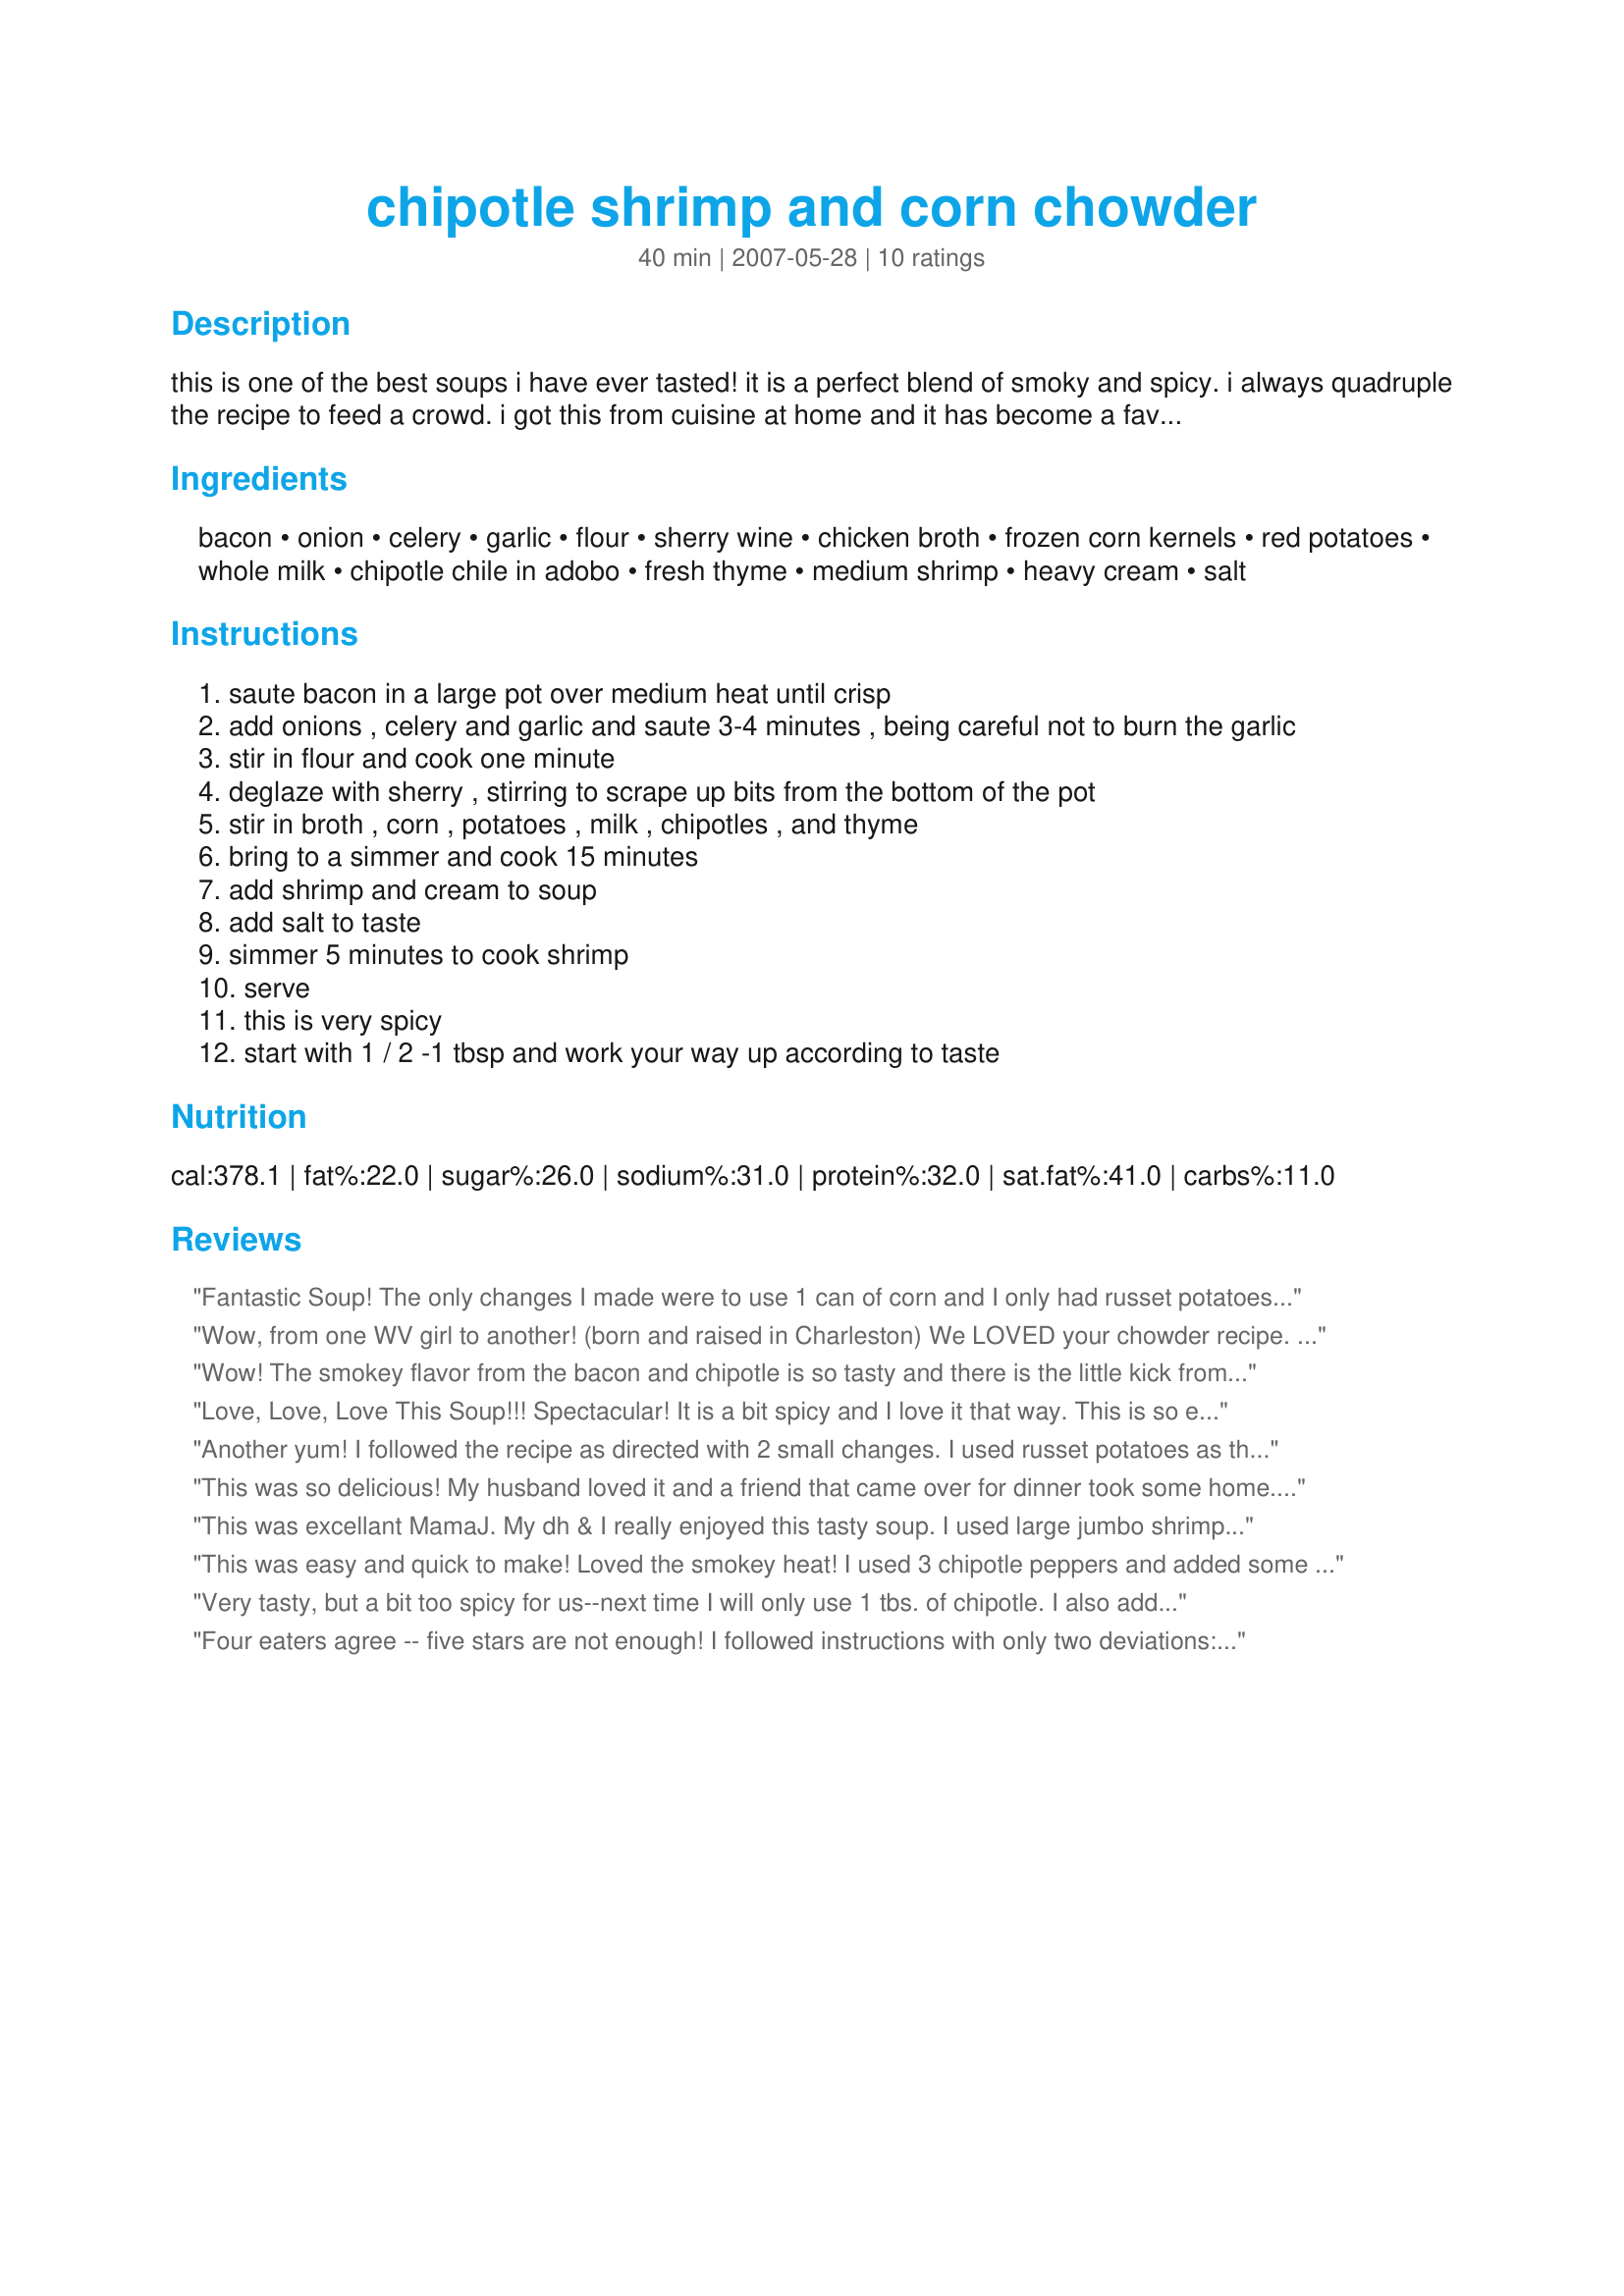
chipotle shrimp and corn chowder
Preparation time: 40 minutes

this is one of the best soups i have ever tasted! it is a perfect blend of smoky and spicy. i always quadruple the recipe to feed a crowd. i got this from cuisine at home and it has become a favorite with my family and friends. do yourself a favor and try this recipe!

Ingredients:
bacon, onion, celery, garlic, flour, sherry wine, chicken broth, frozen corn kernels, red potatoes, whole milk, chipotle chile in adobo, fresh thyme, medium shrimp, heavy cream, salt

Steps:
saute bacon in a large pot over medium heat until crisp
add onions , celery and garlic and saute 3-4 minutes , being careful not to burn the garlic
stir in flour and cook one minute
deglaze with sherry , stirring to scrape up bits from the bottom of the pot
stir in broth , corn , potatoes , milk , chipotles , and thyme
bring to a simmer and cook 15 minutes
add shrimp and cream to soup
add salt to taste
simmer 5 minutes to cook shrimp
serve
this is very spicy
start with 1 / 2 -1 tbsp and work your way up according to taste

Reviews:
Fantastic Soup! The only changes I made were to use 1 can of corn and I only had russet potatoes on hand, but this chowder is so satisfying on a cold day! It is sweet and smoky and great with rustic bread and butter. I used 2 whole chipotle chiles (about 2 Tbsp), since we normally love spicy food, but it was almost too much, so I will probably back off next time.
Wow, from one WV girl to another! (born and raised in Charleston)
We LOVED your chowder recipe. I had some really nice jumbo shrimp that I cut into thirds to put in the soup. The smoky, spicy blend was just right for our palates. I'm going to follow your lead next time and triple this. BTW, no changes were made to your recipe, it was followed to a T. Thanks so very much!
Wow! The smokey flavor from the bacon and chipotle is so tasty and there is the little kick from the chipotles too. I used one whole chipotles pepper with about 1 tsp extra of adobo sauce. I used 1 1/2 cups of light cream in place of the heavy cream and used one can of corn instead of frozen. I also had to sub vermouth for the sherry as I was out. It worked well but I really think sherry would be the better choice. Thanks MamaJ for a wonderful chowder!
Love, Love, Love This Soup!!! Spectacular! It is a bit spicy and I love it that way. This is so easy and tastes like a million bucks. It's amazing how all the flavors marry after the 20 minute cooking time. I'll be making this one all winter long!
Another yum! I followed the recipe as directed with 2 small changes. I used russet potatoes as that is what I had on hand, and only added 1 chipotle chili because I was serving it to some people that don't like spicy. Go figure, lol! But they loved it! This was really good and simple. When I make it next time for myself, I will add more chipotle as I love the smoky spice. Thanks MamaJ for a real treat. Made for PRMR Tag.
This was so delicious! My husband loved it and a friend that came over for dinner took some home. It is definitely better the next day, it had a chance to thicken up the first day it was more like soup. I also cut back on the chipolte chiles and put them on the table for people to add what they liked. I will definetly make this again.
This was excellant MamaJ. My dh & I really enjoyed this tasty soup. I used large jumbo shrimp...mmm. I love all the different flavors and textures in the soup, you could really taste all the seperate flavors. The addition of the sherry and hot peppers takes this to a new taste level. Thank you so much for sharing. We will be enjoying this often. Kudos...BK
This was easy and quick to make! Loved the smokey heat! I used 3 chipotle peppers and added some adobo sauce. I did use more sherry o deglaze. I would deglaze before adding the flour. I also used low fat milk for all milk and cream called for in the recipe. Thanks.
Very tasty, but a bit too spicy for us--next time I will only use 1 tbs. of chipotle. I also added about 2 tsp. of salt and it really gave the flavor a boost. We're looking forward to having it again this winter.
Four eaters agree -- five stars are not enough! I followed instructions with only two deviations: I couldn't find any dry sherry and so used white wine--I know the sherry would have been even better; I used a minimal amount of chipotles in adobo and that was plenty hot for us. Everyone loved it--I've already been told that this soup MUST be made again...and again...Thanks, MamaJ!
